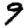
Digit: 9